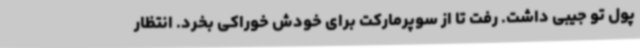
پول تو جیبی داشت. رفت تا از سوپرمارکت برای خودش خوراکی بخرد. انتظار